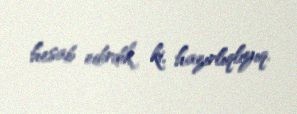
hesab edirdik ki, hazırlıqlıyıq.